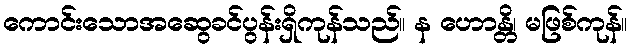
ကောင်းသောအဆွေခင်ပွန်းရှိကုန်သည်။ န ဟောန္တိ၊ မဖြစ်ကုန်။